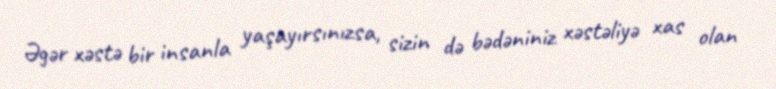
Əgər xəstə bir insanla yaşayırsınızsa, sizin də bədəniniz xəstəliyə xas olan